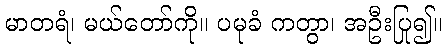
မာတရံ၊ မယ်တော်ကို။ ပမုခံ ကတွာ၊ အဦးပြု၍။